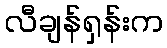
လီချန်ရှန်းက